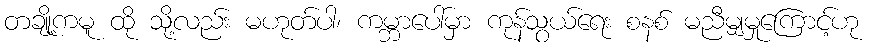
တချို့ကမူ ထို သို့လည်း မဟုတ်ပါ၊ ကမ္ဘာပေါ်မှာ ကုန်သွယ်ရေး စနစ် မညီမျှမှုကြောင့်ဟု